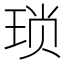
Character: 琐